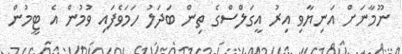
ނޫމާނަށް އަނިޔާވި އިރު އީގަލްސްގެ ތިން ބަދަލު ހަމަވެފައި ވުމުން އެ ޓީމުން